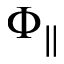
\Phi _ { \parallel }